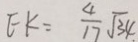
E K = \frac { 4 } { 1 7 } \sqrt { 3 4 }